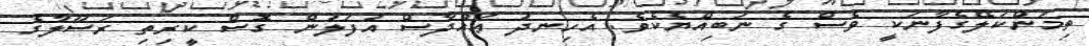
ތިމަންކަލޭގެފާނަކީ ވެސް ގެ ނަބިއްޔެކެވެ. އެހިނދު ޢައްދާސް އުފަލުން ގޮސް ކީރިތި ރަސޫލާގެ